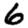
Digit: 6